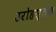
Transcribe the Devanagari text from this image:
उरोहस्तक